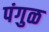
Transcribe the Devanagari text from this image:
पंगुळ